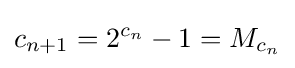
c_{n+1}=2^{c_{n}}-1=M_{c_{n}}